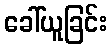
ခေါ်ယူခြင်း